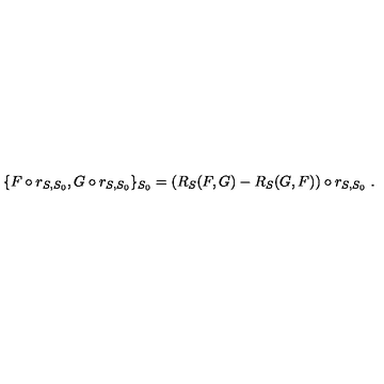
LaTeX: \{ F \circ r _ { S , S _ { 0 } } , G \circ r _ { S , S _ { 0 } } \} _ { S _ { 0 } } = ( R _ { S } ( F , G ) - R _ { S } ( G , F ) ) \circ r _ { S , S _ { 0 } } \ .